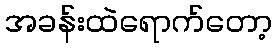
အခန်းထဲရောက်တော့